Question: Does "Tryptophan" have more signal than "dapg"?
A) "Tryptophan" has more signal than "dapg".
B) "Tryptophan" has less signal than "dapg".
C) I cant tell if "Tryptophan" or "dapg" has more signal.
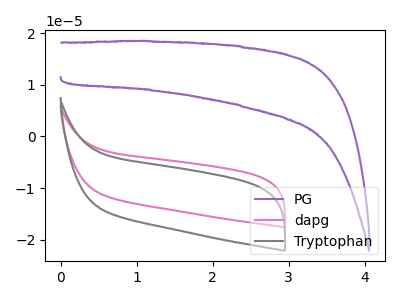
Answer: <think>The purple curve "PG" has no peaks. The pink curve "dapg" has no peaks. The gray curve "Tryptophan" has no peaks.
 Neither "Tryptophan" or "dapg" have any peaks.</think>
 <answer>C) I cant tell if "Tryptophan" or "dapg" has more signal.</answer>
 <eval>C</eval>